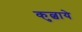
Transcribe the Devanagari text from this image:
कुल्चाये